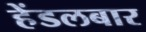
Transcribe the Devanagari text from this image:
हेंडलबार